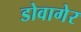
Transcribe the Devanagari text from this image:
डोवागेर